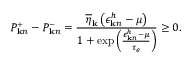
P _ { { \bf k } n } ^ { + } - P _ { { \bf k } n } ^ { - } = \frac { \overline { { \eta } } _ { \bf k } \left( \epsilon _ { { \bf k } n } ^ { h } - \mu \right) } { 1 + \exp \left( \frac { \epsilon _ { { \bf k } n } ^ { h } - \mu } { \tau _ { e } } \right) } \ge 0 .